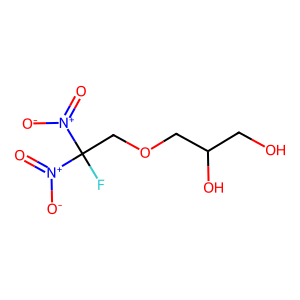
SMILES: O=[N+]([O-])C(F)(COCC(O)CO)[N+](=O)[O-]
Inhibits HIV replication: No